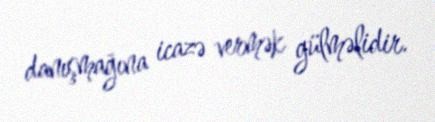
danışmağına icazə vermək gülməlidir.